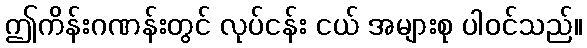
ဤကိန်းဂဏန်းတွင် လုပ်ငန်း ငယ် အများစု ပါဝင်သည်။